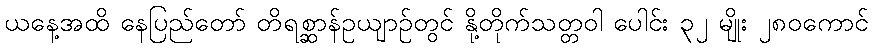
ယနေ့အထိ နေပြည်တော် တိရစ္ဆာန်ဥယျာဉ်တွင် နို့တိုက်သတ္တဝါ ပေါင်း ၃၂ မျိုး ၂၈၀ကောင်